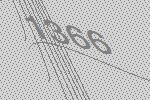
1366